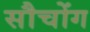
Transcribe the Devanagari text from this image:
सौचोंग